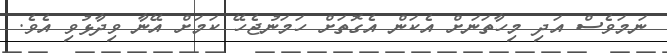
ނަމަވެސް އަދި މިހާތަނަށް އެކަން އެގޮތަށް ހަމަނުޖެހޭ ކަމަށް އޭނާ ވިދާޅުވި އެވެ.